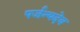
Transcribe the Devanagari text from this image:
पर्जन्यदेव